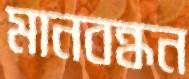
মানবন্ধন